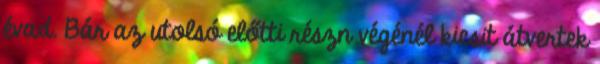
évad. Bár az utolsó előtti részn végénél kicsit átvertek